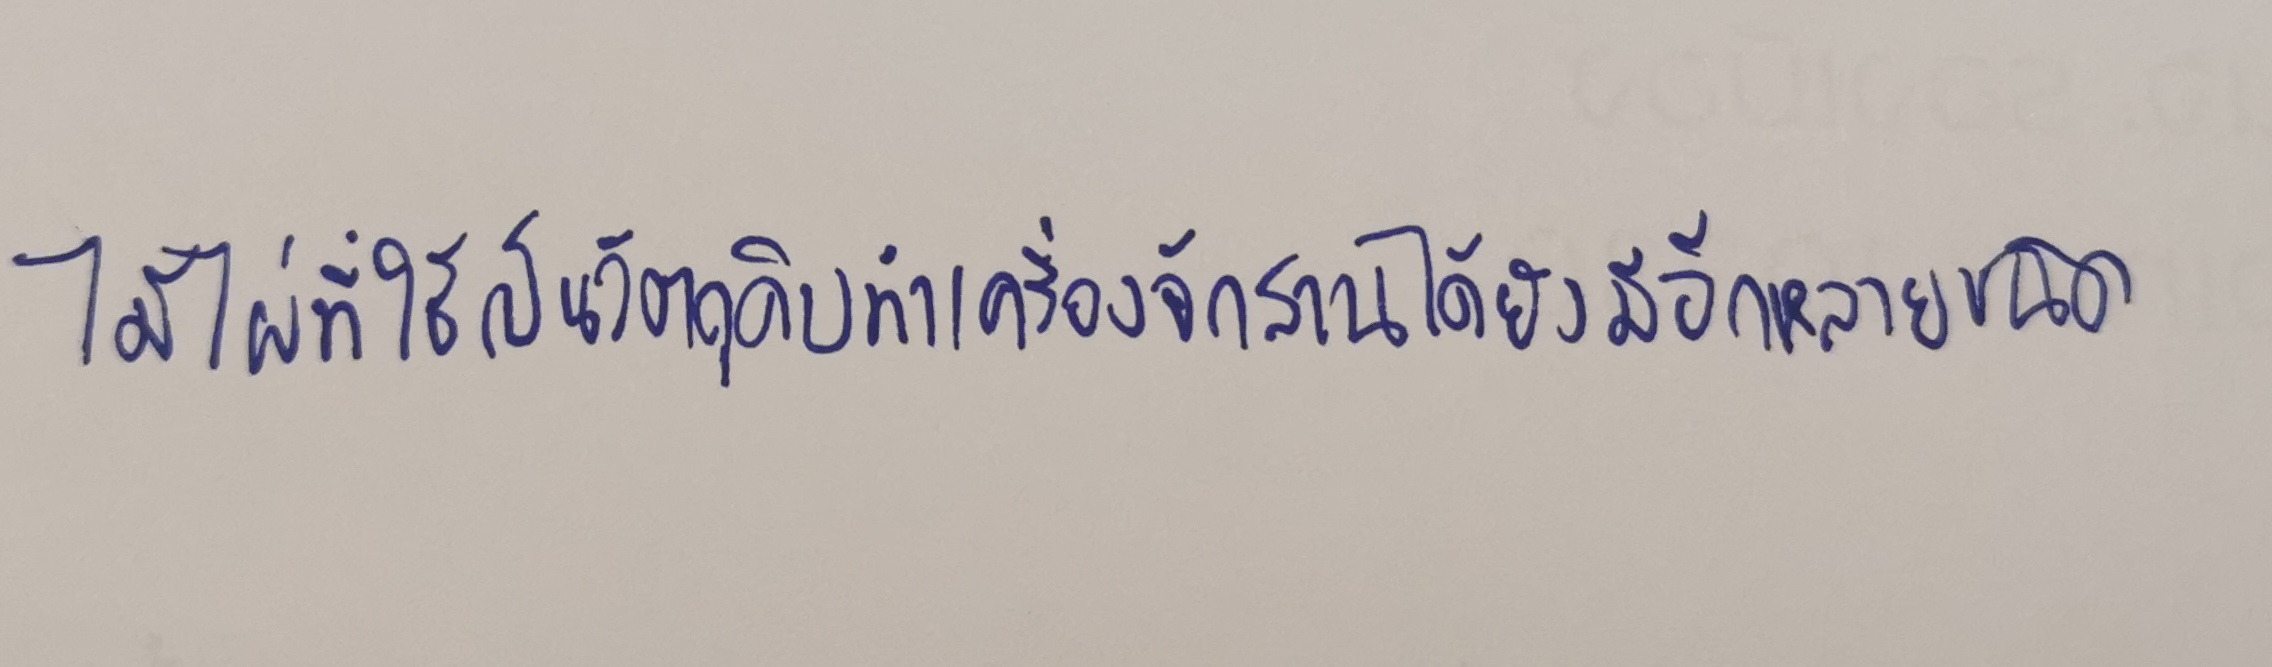
ไม้ไผ่ที่ใช้เป็นวัตถุดิบทำเครื่องจักสานได้ยังมีอีกหลายชนิด